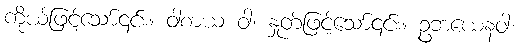
ကိုယ်ဖြင့်သော်၎င်း။ ဝါစာယ ဝါ၊ နှုတ်ဖြင့်သော်၎င်း။ ဥဘယေနဝါ၊